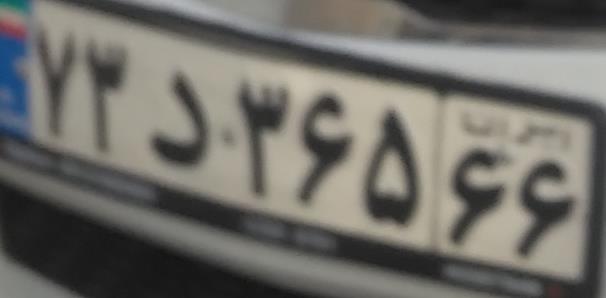
۷۳د۳۶۵۶۶